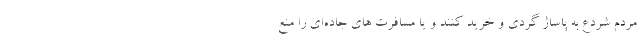
مردم شردع به پاساژ گردی و خرید کنند و یا مسافرت های جاده‌ای را منع